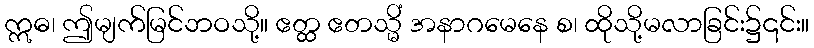
ဣဓ၊ ဤမျက်မြင်ဘဝသို့။ ဧတ္ထ ဧတသ္မိံ အနာဂမေနေ စ၊ ထိုသို့မလာခြင်း၌၎င်း။